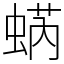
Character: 蜹